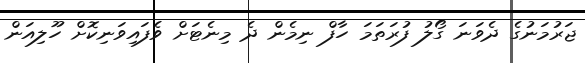
ޖަރުމަނުގެ ދެވަނަ ގޯލު ފުރަތަމަ ހާފް ނިމެން ދެ މިނެޓަށް ވެފައިވަނިކޮށް ހޫލިއަން